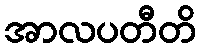
အာလပတီတိ